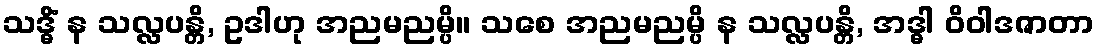
သဒ္ဓိံ န သလ္လပန္တိ, ဥဒါဟု အညမညမ္ပိ။ သစေ အညမညမ္ပိ န သလ္လပန္တိ, အဒ္ဓါ ဝိဝါဒဇာတာ